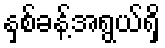
နှစ်ခန့်အရွယ်ရှိ